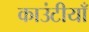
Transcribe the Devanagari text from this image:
काउंटीयाँ